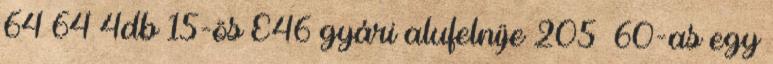
64 64 4db 15-ös E46 gyári alufelnije 205 60-as egy